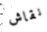
نقاش